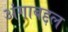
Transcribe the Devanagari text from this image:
अंगाबद्दल